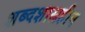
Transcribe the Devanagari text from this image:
शब्दशास्त्रहीन